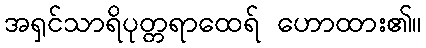
အရှင်သာရိပုတ္တရာထေရ် ဟောထား၏။